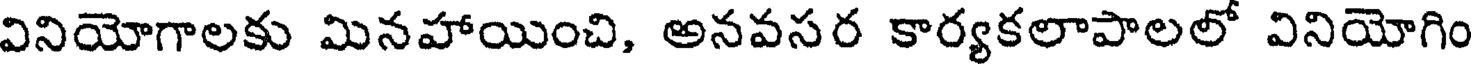
వినియోగాలకు మినహాయించి, అనవసర కార్యకలాపాలలో వినియోగిం